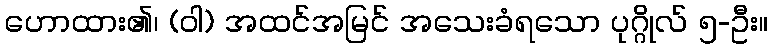
ဟောထား၏၊ (ဝါ) အထင်အမြင် အသေးခံရသော ပုဂ္ဂိုလ် ၅-ဦး။